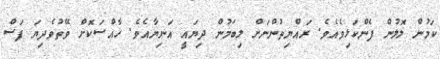
ކަމުން ލޮލުން ފެންކަޅިވެއެވެ. ރައްޔިތުންނަށް ލިބަމުން ދިޔައީ އަނިޔާއެވެ. ހާއްސަކޮށް ވޭތުވެދިޔަ ފަސް